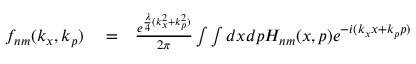
\begin{array} { r l r } { f _ { n m } ( k _ { x } , k _ { p } ) } & { { } = } & { \frac { e ^ { \frac { \lambda } { 4 } ( k _ { x } ^ { 2 } + k _ { p } ^ { 2 } ) } } { 2 \pi } \int \int d x d p H _ { n m } ( x , p ) e ^ { - i ( k _ { x } x + k _ { p } p ) } } \end{array}